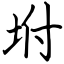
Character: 坿